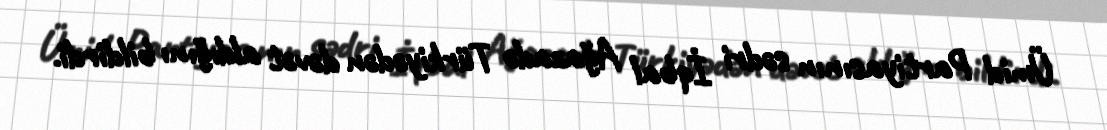
Ümid Partiyasının sədri İqbal Ağazadə Türkiyədən dəvət aldığını bildirdi.